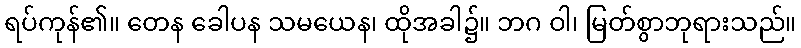
ရပ်ကုန်၏။ တေန ခေါပန သမယေန၊ ထိုအခါ၌။ ဘဂ ဝါ၊ မြတ်စွာဘုရားသည်။